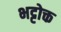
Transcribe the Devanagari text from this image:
भट्टोक्त